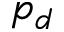
p _ { d }